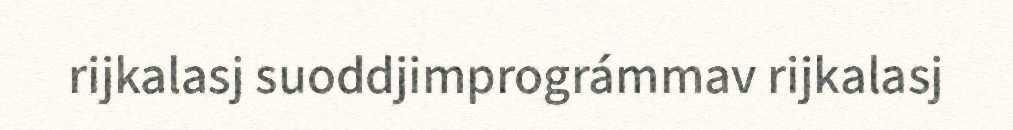
rijkalasj suoddjimprográmmav rijkalasj